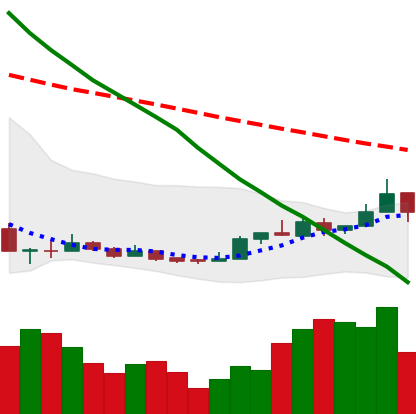
Ticker: NEO-USD
Chart end date: 2018-12-25
Forward return: 5.508%
Label: up_5_7